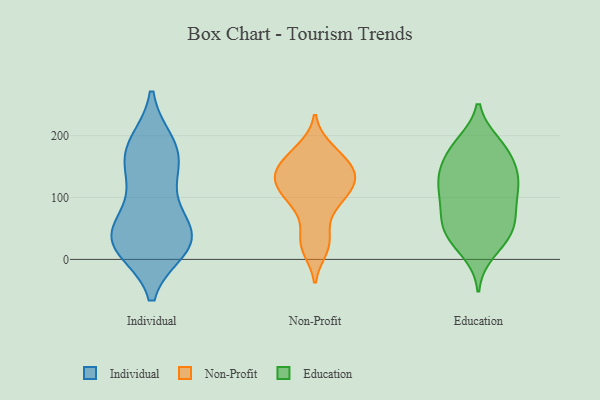
{"axis": {"x": "Satisfaction Score", "y": "Value"}, "legend": ["Education", "Individual", "Non-Profit"], "data": [{"x": "", "y": 159, "type": "Individual"}, {"x": "", "y": 95, "type": "Individual"}, {"x": "", "y": 51, "type": "Individual"}, {"x": "", "y": 19, "type": "Individual"}, {"x": "", "y": 176, "type": "Individual"}, {"x": "", "y": 34, "type": "Individual"}, {"x": "", "y": 23, "type": "Individual"}, {"x": "", "y": 36, "type": "Individual"}, {"x": "", "y": 176, "type": "Individual"}, {"x": "", "y": 40, "type": "Individual"}, {"x": "", "y": 186, "type": "Individual"}, {"x": "", "y": 25, "type": "Individual"}, {"x": "", "y": 131, "type": "Individual"}, {"x": "", "y": 181, "type": "Non-Profit"}, {"x": "", "y": 15, "type": "Non-Profit"}, {"x": "", "y": 146, "type": "Non-Profit"}, {"x": "", "y": 153, "type": "Non-Profit"}, {"x": "", "y": 146, "type": "Non-Profit"}, {"x": "", "y": 111, "type": "Non-Profit"}, {"x": "", "y": 24, "type": "Non-Profit"}, {"x": "", "y": 139, "type": "Non-Profit"}, {"x": "", "y": 129, "type": "Non-Profit"}, {"x": "", "y": 90, "type": "Non-Profit"}, {"x": "", "y": 110, "type": "Non-Profit"}, {"x": "", "y": 46, "type": "Non-Profit"}, {"x": "", "y": 123, "type": "Non-Profit"}, {"x": "", "y": 88, "type": "Non-Profit"}, {"x": "", "y": 174, "type": "Non-Profit"}, {"x": "", "y": 39, "type": "Education"}, {"x": "", "y": 41, "type": "Education"}, {"x": "", "y": 12, "type": "Education"}, {"x": "", "y": 149, "type": "Education"}, {"x": "", "y": 35, "type": "Education"}, {"x": "", "y": 86, "type": "Education"}, {"x": "", "y": 175, "type": "Education"}, {"x": "", "y": 45, "type": "Education"}, {"x": "", "y": 175, "type": "Education"}, {"x": "", "y": 186, "type": "Education"}, {"x": "", "y": 68, "type": "Education"}, {"x": "", "y": 120, "type": "Education"}, {"x": "", "y": 105, "type": "Education"}, {"x": "", "y": 133, "type": "Education"}, {"x": "", "y": 187, "type": "Education"}, {"x": "", "y": 131, "type": "Education"}, {"x": "", "y": 119, "type": "Education"}, {"x": "", "y": 66, "type": "Education"}, {"x": "", "y": 141, "type": "Education"}, {"x": "", "y": 85, "type": "Education"}]}